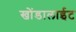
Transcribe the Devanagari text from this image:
खोंडालाईट